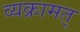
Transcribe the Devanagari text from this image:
व्यक्रामत्